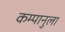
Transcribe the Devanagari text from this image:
कम्पानुला